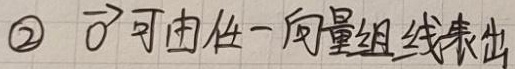
2. $\vec{0}$可由任一向量组线表出。